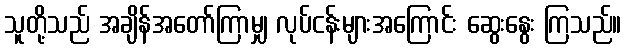
သူတို့သည် အချိန်အတော်ကြာမျှ လုပ်ငန်းများအကြောင်း ဆွေးနွေး ကြသည်။